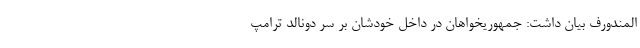
المندورف بیان داشت: جمهوریخواهان در داخل خودشان بر سر دونالد ترامپ